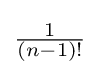
{\textstyle {\frac {1}{(n-1)!}}}